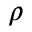
\rho